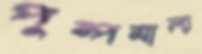
পুষ্পমাল্য